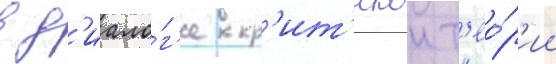
в д'иало́г'е кр'ит'икои т'ео́р'ии